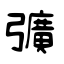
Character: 彍